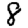
Digit: 8